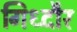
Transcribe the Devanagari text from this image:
गिध्दौर